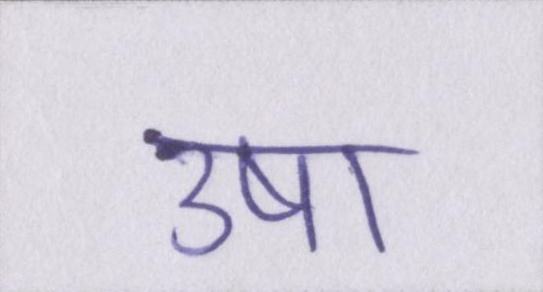
उषा